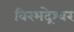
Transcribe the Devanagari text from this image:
विरभद्रेश्वर